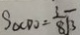
S _ { \Delta C D O } = \frac { 3 } { 8 } \sqrt { 3 }